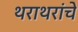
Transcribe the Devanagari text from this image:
थराथरांचे